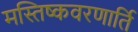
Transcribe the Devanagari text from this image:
मस्तिष्कवरणार्ति